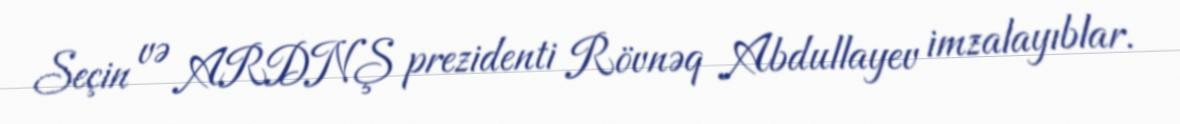
Seçin və ARDNŞ prezidenti Rövnəq Abdullayev imzalayıblar.